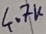
Text: 4.7K